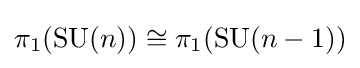
\pi _{1}(\mathrm {SU} (n))\cong \pi _{1}(\mathrm {SU} (n-1))